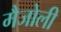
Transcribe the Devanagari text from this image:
मैजोली